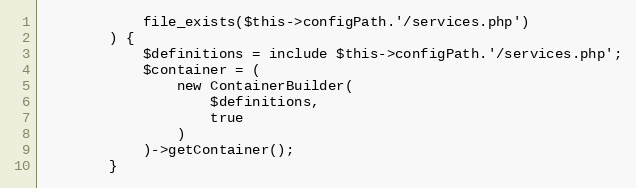
Language: PHP
            file_exists($this->configPath.'/services.php')
        ) {
            $definitions = include $this->configPath.'/services.php';
            $container = (
                new ContainerBuilder(
                    $definitions,
                    true
                )
            )->getContainer();
        }